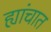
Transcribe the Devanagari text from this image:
ह्यांचात